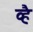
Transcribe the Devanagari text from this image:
व्है